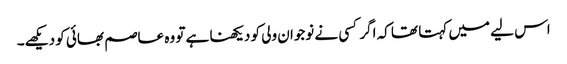
اس لیے میں کہتا تھا کہ اگر کسی نے نوجوان ولی کو دیکھنا ہے تو وہ عاصم بھائی کو دیکھے۔